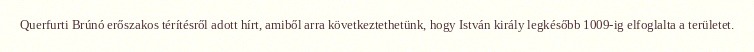
Querfurti Brúnó erőszakos térítésről adott hírt, amiből arra következtethetünk, hogy István király legkésőbb 1009-ig elfoglalta a területet.